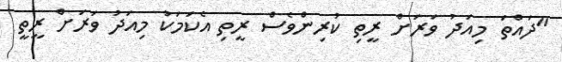
"ދައްތަ މިއަދު ވަރަށް ރީތި ކުރިންވެސް ރީތި އެކަމަކު މިއަދު ވަރަށް ރީތީ